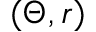
( \Theta , r )